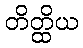
တိတ္ထိယ